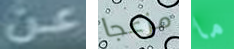
عن مزعجا ما